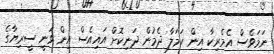
ނަމަވެސް އެމެރިކާ އިން ހަމަލާ ދެމުން ދަނިކޮށް އައިއެސް އިން ވަނީ ސީރިޔާގެ